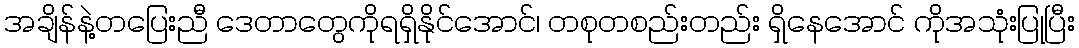
အချိန်နဲ့တပြေးညီ ဒေတာတွေကိုရရှိနိုင်အောင်၊ တစုတစည်းတည်း ရှိနေအောင် ကိုအသုံးပြုပြီး